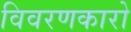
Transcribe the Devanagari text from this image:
विवरणकारो